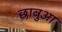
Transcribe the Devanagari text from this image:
छाबुआ